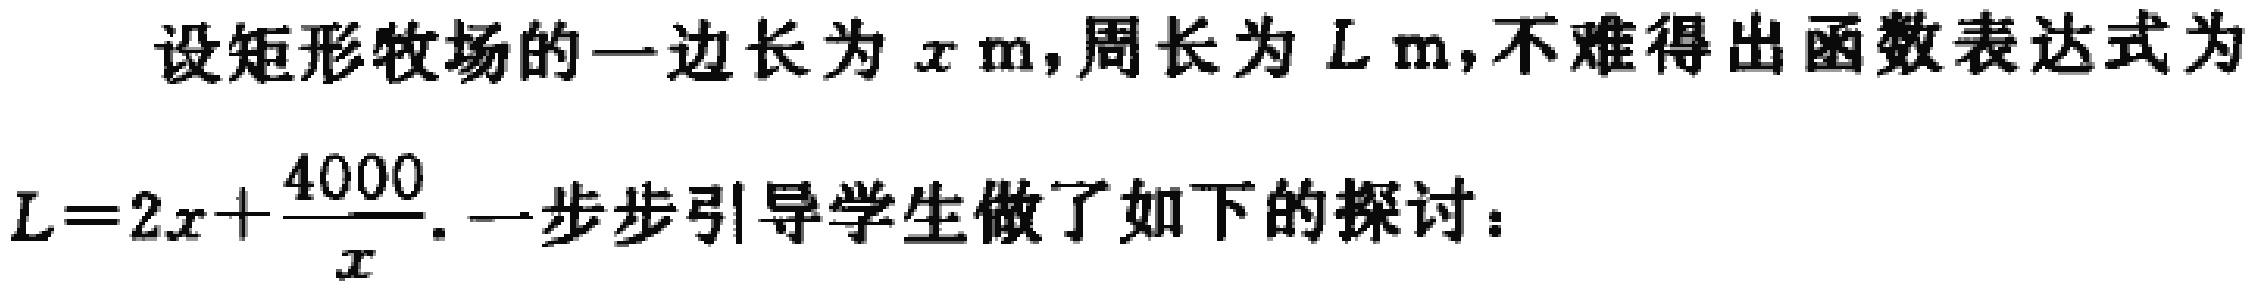
设矩形牧场的一边长为\(x \text{ m}\)，周长为\(L \text{ m}\)，不难得出函数表达式为

\(L = 2x+\frac{4000}{x}\). 一步步引导学生做了如下的探讨：